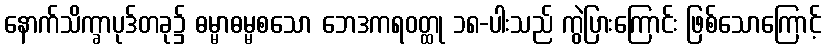
နောက်သိက္ခာပုဒ်တခု၌ ဓမ္မာဓမ္မစသော ဘေဒကရဝတ္ထု ၁၈-ပါးသည် ကွဲပြားကြောင်း ဖြစ်သောကြောင့်